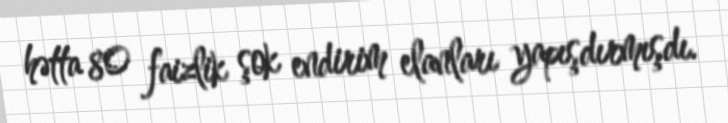
hətta 80 faizlik şok endirim elanları yapışdırmışdı.